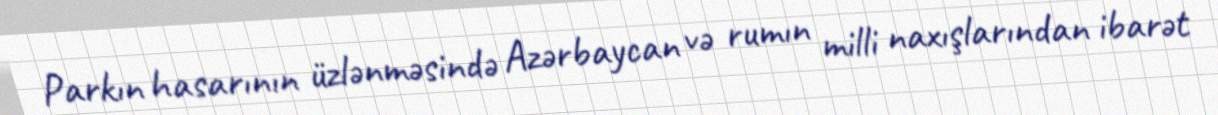
Parkın hasarının üzlənməsində Azərbaycan və rumın milli naxışlarından ibarət